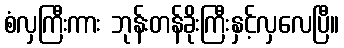
စံလှကြီးကား ဘုန်းတန်ခိုးကြီးနှင့်လှလေပြီ။